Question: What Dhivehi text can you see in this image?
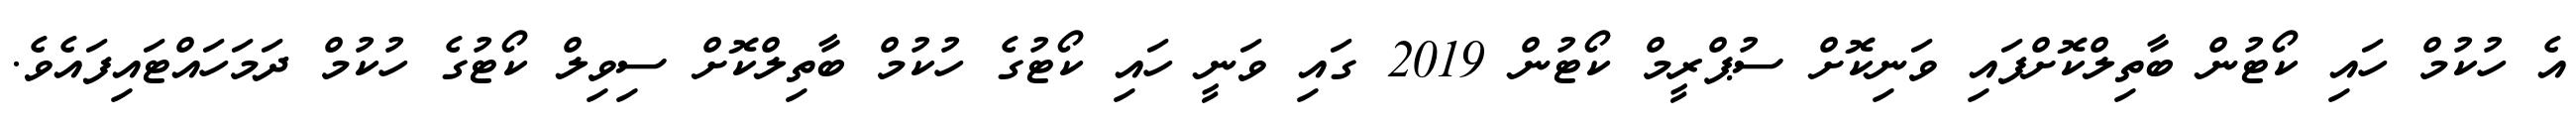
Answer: އެ ހުކުމް ހައި ކޯޓުން ބާތިލްކޮށްފައި ވަނިކޮށް ސުޕްރީމް ކޯޓުން 2019 ގައި ވަނީ ހައި ކޯޓުގެ ހުކުމް ބާތިލްކޮށް ސިވިލް ކޯޓުގެ ހުކުމް ދަމަހައްޓައިފައެވެ.